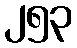
၂၅၃